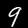
Label: 9